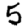
Digit: 5